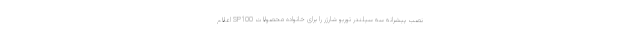
نصب پیشرانه سه سیلندر توربو شارژر را برای خانواده محصولات SP100 اعلام